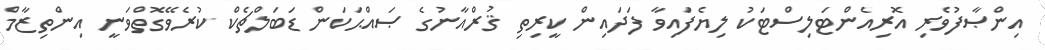
އިންޞާފުވެރި އޮރިއެންޓަލިސްޓަކު ލިޔެފައިވާ ފަދައިން ކީރިތި ޤުރްއާނުގެ ޞައްޙަކަން ޑަބަލްޗެކް ކުރެވޭގޮތްވަނީ އިންތިޒާމް